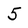
Character: 5